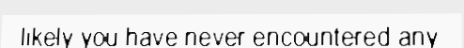
likely you have never encountered any